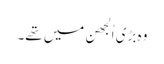
وہ بڑی اُلجھن میں تھے۔